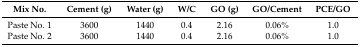
| Mix No. | Cement (g) | Water (g) | W/C | GO (g) | GO/Cement | PCE/GO |
 | --- | --- | --- | --- | --- | --- | --- |
 | Paste No. 1 | 3600 | 1440 | 0.4 | 2.16 | 0.06% | 1.0 |
 | Paste No. 2 | 3600 | 1440 | 0.4 | 2.16 | 0.06% | 1.0 |